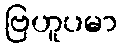
ဗြဟူပမာ